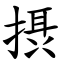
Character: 摂